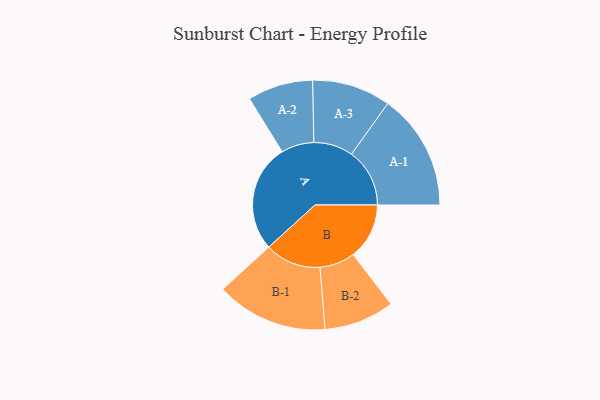
{"axis": {"x": "Segment", "y": "Value"}, "legend": ["", "A", "B"], "data": [{"x": "A", "y": 474, "type": ""}, {"x": "B", "y": 247, "type": ""}, {"x": "A-1", "y": 256, "type": "A"}, {"x": "A-2", "y": 144, "type": "A"}, {"x": "A-3", "y": 173, "type": "A"}, {"x": "B-1", "y": 246, "type": "B"}, {"x": "B-2", "y": 155, "type": "B"}]}